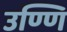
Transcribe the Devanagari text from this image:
उण्णि